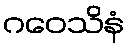
ဂဝေသိနံ